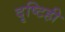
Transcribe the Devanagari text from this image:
दृष्टिही